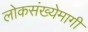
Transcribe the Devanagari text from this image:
लोकसंख्येमागी